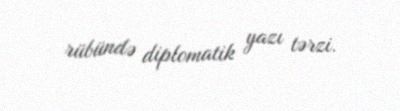
rübündə diplomatik yazı tərzi.